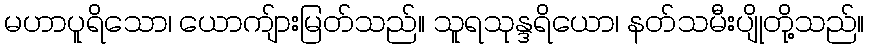
မဟာပူရိသော၊ ယောကျ်ားမြတ်သည်။ သူရသုန္ဒရိယော၊ နတ်သမီးပျိုတို့သည်။